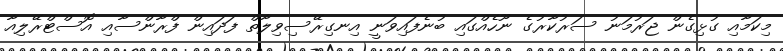
މިކަމާއި ގުޅިގެން ޖަރުމަނު ސަރުކާރުގެ ނޫހެއްގައި ބުނެފައިވަނީ އިނގިރޭސިވިލާތް ފަދައިން ފްރާންސާއި އޮސްޓްރޭލިއާ